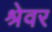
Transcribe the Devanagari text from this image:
श्रेवर